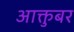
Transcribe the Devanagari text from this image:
आक्तुबर